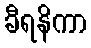
ခီရနိကာ